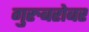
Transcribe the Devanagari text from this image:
गुरुबरोबर